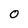
Character: 0